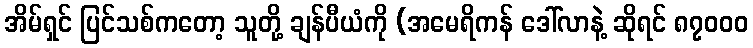
အိမ်ရှင် ပြင်သစ်ကတော့ သူတို့ ချန်ပီယံကို (အမေရိကန် ဒေါ်လာနဲ့ ဆိုရင် ၈၇၀၀၀